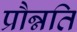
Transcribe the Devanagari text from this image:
प्रौन्नति